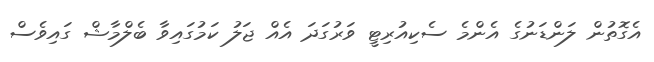
އެގޮތުން ލަންޑަނުގެ އެންމެ ސެކިއުރިޓީ ވަރުގަދަ އެއް ޖަލު ކަމުގައިވާ ބެލްމާޝް ގައިވެސް